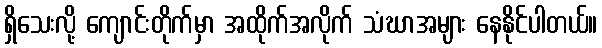
ရှိသေးလို့ ကျောင်းတိုက်မှာ အထိုက်အလိုက် သံဃာအများ နေနိုင်ပါတယ်။